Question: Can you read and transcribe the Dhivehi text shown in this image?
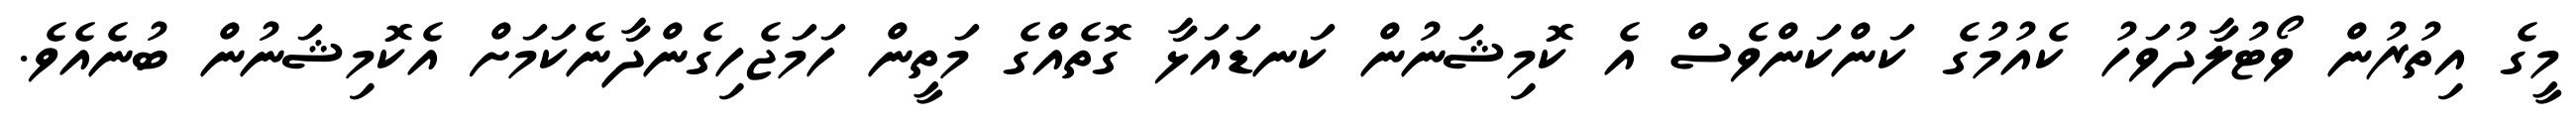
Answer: މީގެ އިތުރުން ވޯޓުލާދުވަހު ކެއުމުގެ ކަންކަންވެސް އެ ކޮމިޝަނުން ކަނޑައަޅާ ގޮތެއްގެ މަތީން ހަމަޖެހިގެންދާނެކަމަށް އެކޮމިޝަނުން ބުނެއެވެ.